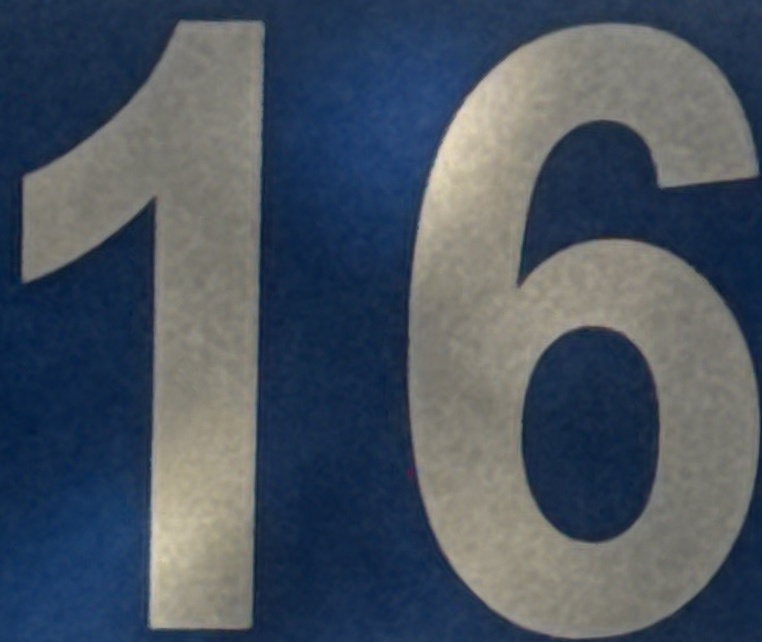
16